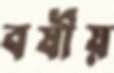
বর্ষীয়